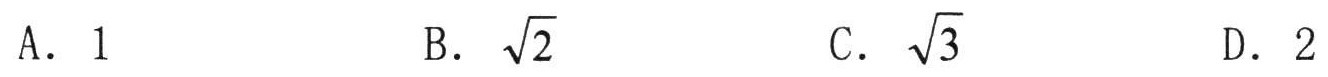
A. \(1\)  B. \(\sqrt{2}\)  C. \(\sqrt{3}\)  D. \(2\)